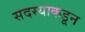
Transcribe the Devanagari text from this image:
सदस्याकडून